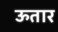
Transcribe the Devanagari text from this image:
ऊतार